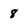
Character: 8